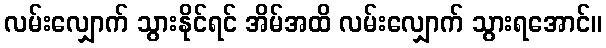
လမ်းလျှောက် သွားနိုင်ရင် အိမ်အထိ လမ်းလျှောက် သွားရအောင်။